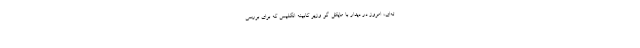
ته‌ای، امروز در دیدار با مایکل گُوْ وزیر کابینه انگلیس که برای بررسی